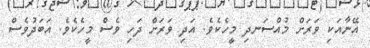
އޭނާއަކި ވަރަށް މުއްސަނދި މީހެކެވެ. އަދި ވަރަށް ދަހި ވެސް މީހެކެވެ. އަބަދުވެސް